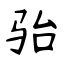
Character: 骀